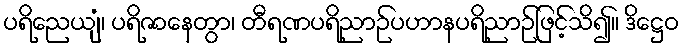
ပရိညေယျံ၊ ပရိဇာနေတွာ၊ တီရဏပရိညာဉ်ပဟာနပရိညာဉ်ဖြင့်သိ၍။ ဒိဋ္ဌေဝ